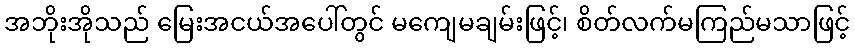
အဘိုးအိုသည် မြေးအငယ်အပေါ်တွင် မကျေမချမ်းဖြင့်၊ စိတ်လက်မကြည်မသာဖြင့်